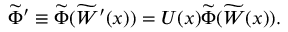
\widetilde { \Phi } ^ { \prime } \equiv \widetilde { \Phi } ( \widetilde { W } ^ { \prime } ( x ) ) = U ( x ) \widetilde { \Phi } ( \widetilde { W } ( x ) ) .